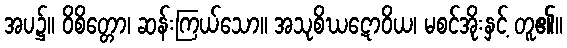
အပ၌။ ဝိစိတ္တော၊ ဆန်းကြယ်သော။ အသုစိဃဋောဝိယ၊ မစင်အိုးနှင့် တူ၏။